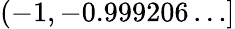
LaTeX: (-1,-0.999206\ldots]